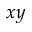
x y